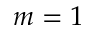
m = 1